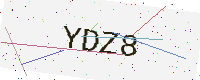
Text: YDZ8